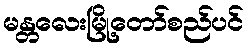
မန္တလေးမြို့တော်စည်ပင်